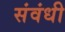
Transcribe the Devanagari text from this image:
संवंधी